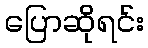
ပြောဆိုရင်း